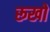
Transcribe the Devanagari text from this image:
रूखो